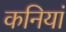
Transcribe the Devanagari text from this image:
कनियां